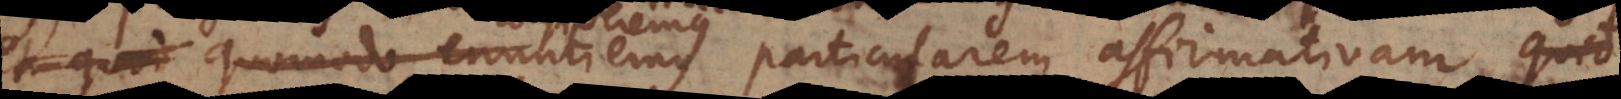
od quomodo enuntiemus particularem affirmativam quodda